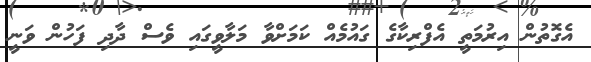
އެގޮތުން އިރުމަތީ އެފްރިކާގެ ގައުމެއް ކަމަށްވާ މަލާވީގައި ވެސް ދާދި ފަހުން ވަނީ